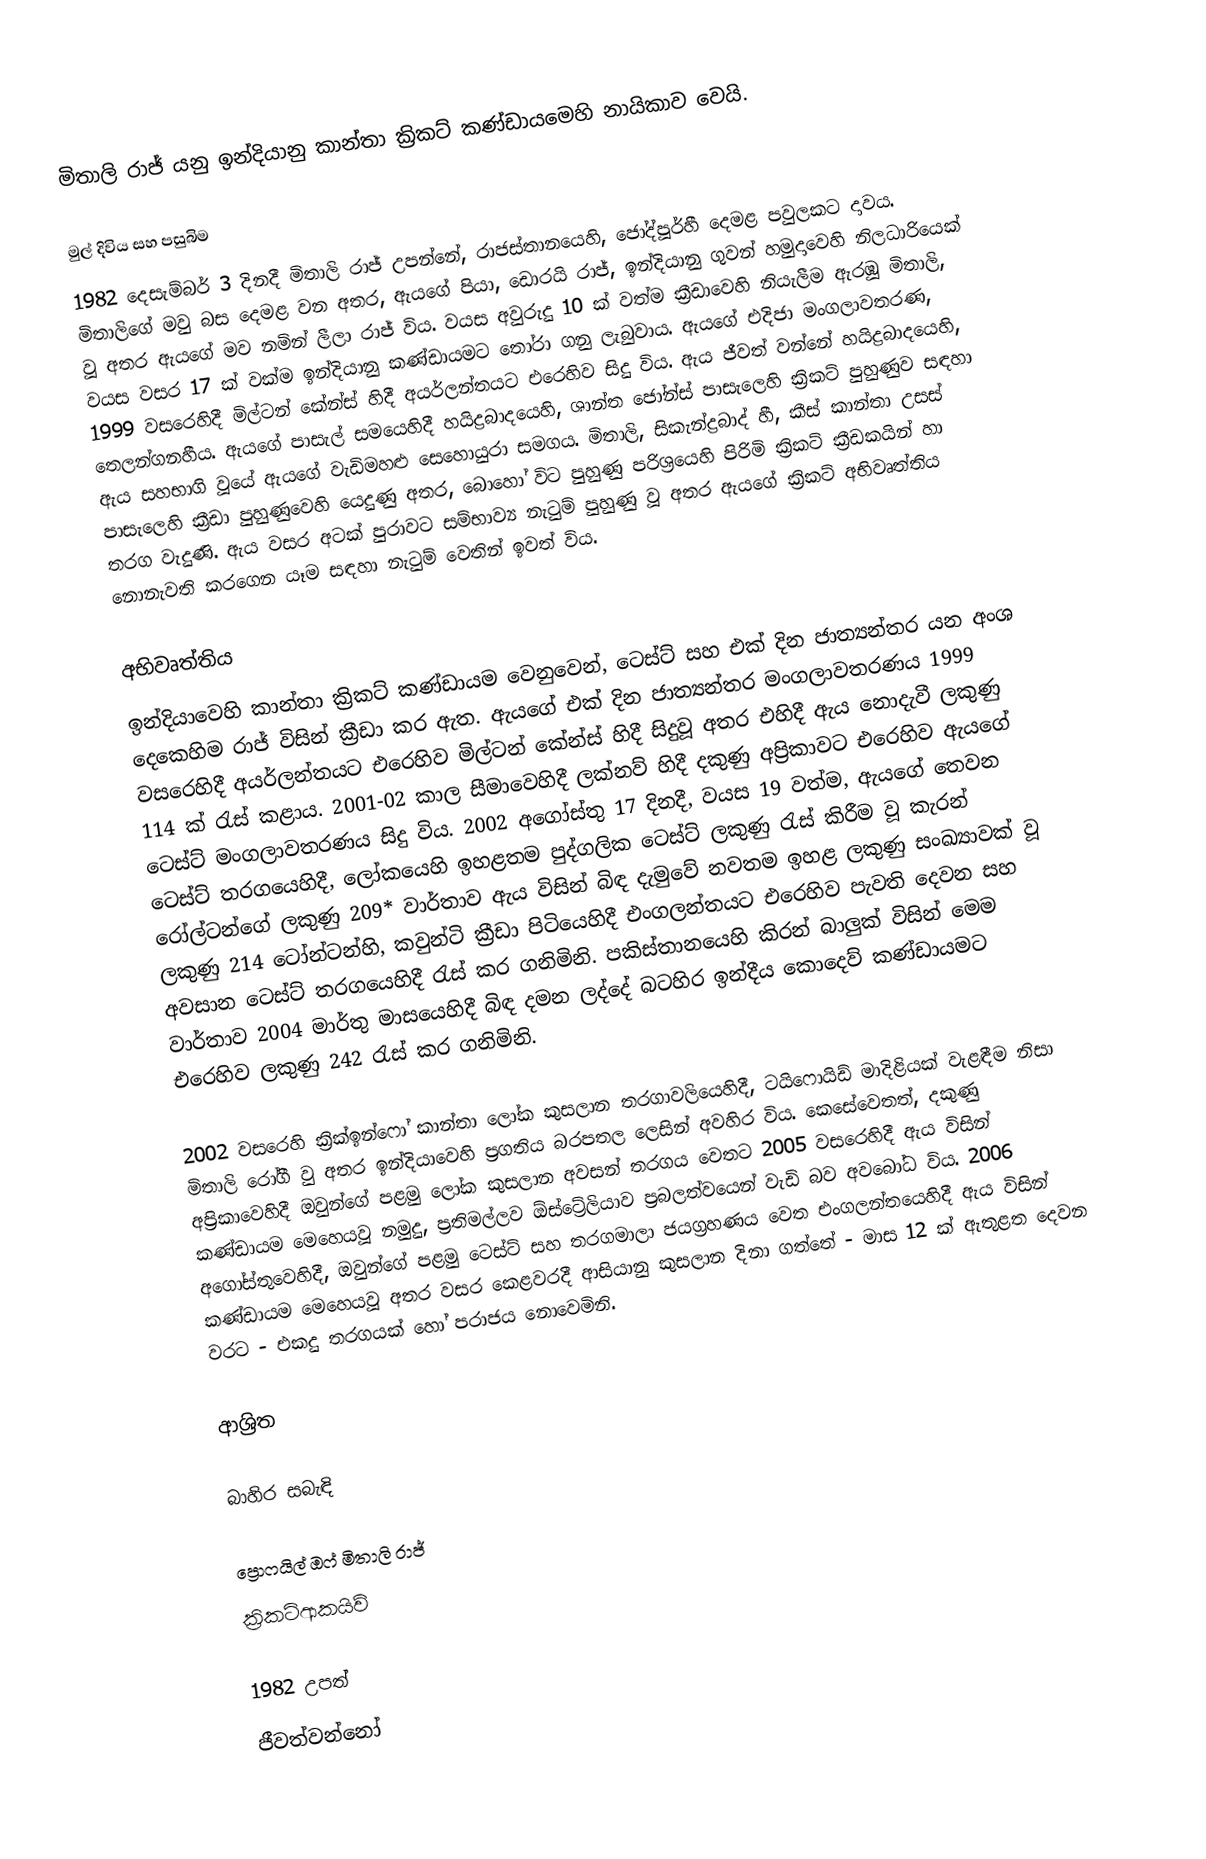
මිතාලි රාජ් යනු ඉන්දියානු කාන්තා ක්‍රිකට් කණ්ඩායමෙහි නායිකාව වෙයි.

මුල් දිවිය සහ පසුබිම
1982 දෙසැම්බර් 3 දිනදී මිතාලි රාජ්  උපන්නේ, රාජස්තානයෙහි, ජෝද්පූර්හී දෙමළ පවුලකට දාවය. මිතාලිගේ මවු බස දෙමළ වන අතර, ඇයගේ පියා, ඩොරයි රාජ්, ඉන්දියානු ගුවන් හමුදාවෙහි නිලධාරියෙක් වූ අතර ඇයගේ මව නමින් ලීලා රාජ් විය. වයස අවුරුදු 10 ක් වත්ම ක්‍රීඩාවෙහි නියැලීම ඇරඹූ මිතාලි, වයස වසර 17 ක් වක්ම ඉන්දියානු කණ්ඩායමට තෝරා ගනු ලැබුවාය. ඇයගේ එදිජා මංගලාවතරණ, 1999 වසරෙහිදී  මිල්ටන් කේන්ස් හිදී අයර්ලන්තයට එරෙහිව සිදු විය. ඇය ජීවත් වන්නේ හයිද්‍රබාදයෙහි, තෙලන්ගනහීය. ඇයගේ පාසැල් සමයෙහිදී හයිද්‍රබාදයෙහි, ශාන්ත ජෝන්ස් පාසැලෙහි ක්‍රිකට් පුහුණුව සඳහා ඇය සහභාගි වූයේ ඇයගේ වැඩිමහළු සෙහොයුරා සමගය. මිතාලි,  සිකැන්ද්‍රබාද් හී, කීස් කාන්තා උසස් පාසැලෙහි ක්‍රීඩා පුහුණුවෙහි යෙදුණු අතර, බොහෝ විට පුහුණු පරිශ්‍රයෙහි පිරිමි ක්‍රිකට් ක්‍රීඩකයින් හා තරග වැදුණි. ඇය වසර අටක් පුරාවට සම්භාව්‍ය නැටුම් පුහුණු වූ අතර  ඇයගේ ක්‍රිකට් අභිවෘත්තිය නොනැවති කරගෙන යෑම සඳහා නැටුම් වෙතින් ඉවත් විය.

අභිවෘත්තිය
ඉන්දියාවෙහි කාන්තා ක්‍රිකට් කණ්ඩායම වෙනුවෙන්, ටෙස්ට් සහ එක් දින ජාත්‍යන්තර යන අංශ දෙකෙහිම රාජ් විසින් ක්‍රීඩා කර ඇත. ඇයගේ එක් දින ජාත්‍යන්තර මංගලාවතරණය 1999 වසරෙහිදී අයර්ලන්තයට එරෙහිව මිල්ටන් කේන්ස් හිදී  සිදුවූ අතර එහිදී ඇය නොදැවී ලකුණු  114 ක් රැස් කළාය. 2001-02 කාල සීමාවෙහිදී ලක්නව් හිදී දකුණු අප්‍රිකාවට එරෙහිව ඇයගේ ටෙස්ට් මංගලාවතරණය සිදු විය. 2002 අගෝස්තු 17 දිනදී, වයස 19 වත්ම, ඇයගේ තෙවන ටෙස්ට් තරගයෙහිදී, ලෝකයෙහි ඉහළතම පුද්ගලික ටෙස්ට් ලකුණු රැස් කිරීම වූ කැරන් රෝල්ටන්ගේ ලකුණු 209* වාර්තාව ඇය විසින් බිඳ දැමුවේ නවතම ඉහළ ලකුණු සංඛ්‍යාවක් වූ ලකුණු 214 ටෝන්ටන්හි, කවුන්ටි ක්‍රීඩා පිටියෙහිදී එංගලන්තයට එරෙහිව පැවති දෙවන සහ අවසාන ටෙස්ට් තරගයෙහිදී රැස් කර ගනිමිනි. පකිස්තානයෙහි කිරන් බාලුක් විසින් මෙම වාර්තාව 2004 මාර්තු මාසයෙහිදී බිඳ දමන ලද්දේ බටහිර ඉන්දීය කොදෙව් කණ්ඩායමට එරෙහිව ලකුණු 242 රැස් කර ගනිමිනි.

2002 වසරෙහි ක්‍රික්ඉන්ෆෝ කාන්තා ලෝක කුසලාන තරගාවලියෙහිදී, ටයිෆොයිඩ් මාදිළියක් වැළඳීම නිසා මිතාලි රෝගී වු අතර ඉන්දියාවෙහි  ප්‍රගතිය බරපතල ලෙසින් අවහිර විය. කෙසේවෙතත්, දකුණු අප්‍රිකාවෙහිදී ඔවුන්ගේ පළමු ලෝක කුසලාන අවසන් තරගය වෙතට 2005 වසරෙහිදී ඇය විසින් කණ්ඩායම මෙහෙයවූ නමුදු, ප්‍රතිමල්ලව ඕස්ට්‍රේලියාව ප්‍රබලත්වයෙන් වැඩි බව අවබෝධ විය. 2006 අගෝස්තුවෙහිදී,  ඔවුන්ගේ පළමු ටෙස්ට් සහ තරගමාලා ජයග්‍රහණය වෙත එංගලන්තයෙහිදී ඇය විසින් කණ්ඩායම මෙහෙයවූ අතර වසර කෙළවරදී ආසියානු කුසලාන දිනා ගත්තේ - මාස 12 ක් ඇතුළත දෙවන වරට - එකදු තරගයක් හෝ පරාජය නොවෙමිනි.

ආශ්‍රිත

බාහිර සබැඳි

ප්‍රොෆයිල් ඔෆ් මිතාලි රාජ්
ක්‍රිකට්ආකයිව්

1982 උපත්
ජීවත්වන්නෝ